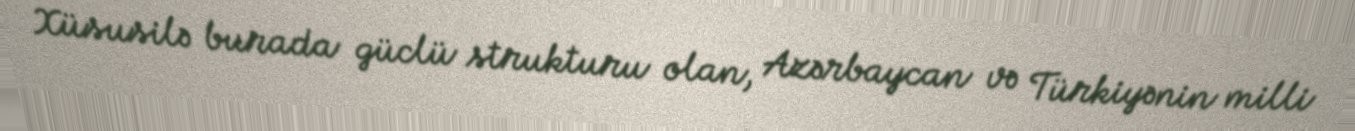
Xüsusilə burada güclü strukturu olan, Azərbaycan və Türkiyənin milli